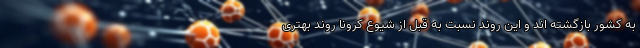
به کشور بازگشته اند و این روند نسبت به قبل از شیوع کرونا روند بهتری